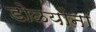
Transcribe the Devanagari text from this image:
डोळयांना